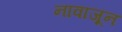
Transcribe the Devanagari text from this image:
नावाजून